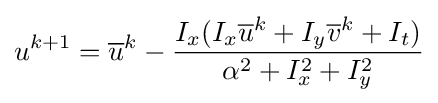
u^{k+1}={\overline {u}}^{k}-{\frac {I_{x}(I_{x}{\overline {u}}^{k}+I_{y}{\overline {v}}^{k}+I_{t})}{\alpha ^{2}+I_{x}^{2}+I_{y}^{2}}}